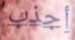
أجذب